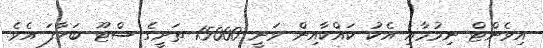
އިވެންޓް ނިމުމާއި އެކު ކައްކާއިން ވަނީ 15000 ތަށީގެ ސްޓޫ ބަހާފަ އެވެ.